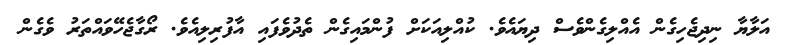
އަލާޔާ ނިދިޖެހިގެން އެއްލިގެންވެސް ދިޔައެވެ. ކުއްލިއަކަށް ފުންމައިގެން ތެދުވެފައި އާފުރިލިއެވެ. ރޯގާޖެހޭވައްތަރު ވެގެން